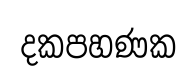
දකපහණක